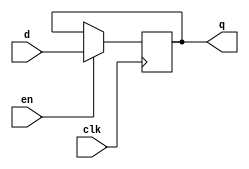
module store_register (
    input wire clk,      // Clock signal
    input wire en,       // Enable signal
    input wire [N-1:0] d, // Data input (N-bit)
    output reg [N-1:0] q  // Data output (N-bit)
);

parameter N = 8; // Define the width of the register (8 bits as an example)

always @(posedge clk) begin
    if (en) begin
        q <= d; // Update the register with input data on enable
    end
    // If enable is low, retain the current value of q
end

// Optionally, you can initialize q to a specific value (e.g., 0)
initial begin
    q = 0; // Initial state of the register
end

endmodule